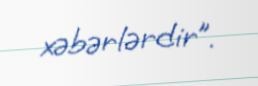
xəbərlərdir”.